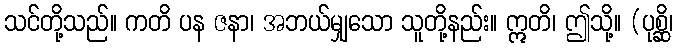
သင်တို့သည်။ ကတိ ပန ဇနာ၊ အဘယ်မျှသော သူတို့နည်း။ ဣတိ၊ ဤသို့။ (ပုစ္ဆိ၊